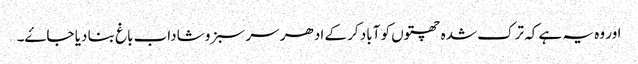
اور وہ یہ ہے کہ ترک شدہ چھتوں کو آباد کر کے ادھر سر سبز و شاداب باغ بنا دیا جاۓ۔